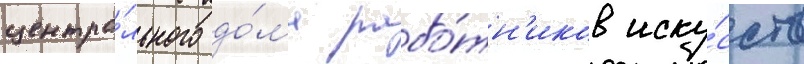
центра́льного до́ма рабо́тн'иков иску́сств